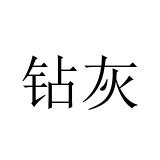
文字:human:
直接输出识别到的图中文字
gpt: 钻灰